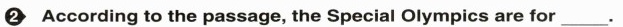
2 According to the passage, the Special Olympics are for _